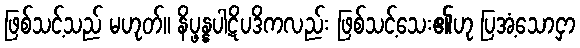
ဖြစ်သင့်သည် မဟုတ်။ နိပ္ဖန္နပါဋိပဒိကလည်း ဖြစ်သင့်သေး၏ဟု ပြအံ့သောငှာ